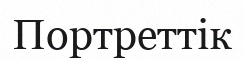
Портреттік